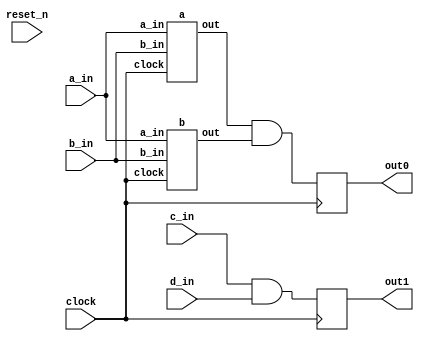
// DEFINES
`define BITS 2         // Bit width of the operands

module 	bm_dag2_mod(clock, 
		reset_n, 
		a_in, 
		b_in,
		c_in, 
		d_in, 
		out0,
		out1);

// SIGNAL DECLARATIONS
input	clock;
input 	reset_n;

input [`BITS-1:0] a_in;
input [`BITS-1:0] b_in;
input c_in;
input d_in;

output [`BITS-1:0] out0;
output  out1;

reg [`BITS-1:0]    out0;
reg     out1;

wire [`BITS-1:0] temp_a;
wire [`BITS-1:0] temp_b;
wire temp_c;
wire temp_d;

a top_a(clock, a_in, b_in, temp_a);
b top_b(clock, a_in, b_in, temp_b);

always @(posedge clock)
begin
	out0 <= temp_a & temp_b;
	out1 <= c_in & d_in;
end

endmodule

/*---------------------------------------------------------*/
module a(clock,
		a_in,
		b_in,
		out);

input	clock;
input [`BITS-1:0] a_in;
input [`BITS-1:0] b_in;
output [`BITS-1:0]    out;
reg [`BITS-1:0]    out;

always @(posedge clock)
begin
	out <= a_in & b_in;
end

endmodule

/*---------------------------------------------------------*/
module b(clock,
		a_in,
		b_in,
		out);

input	clock;
input [`BITS-1:0] a_in;
input [`BITS-1:0] b_in;
wire [`BITS-1:0] temp;
output [`BITS-1:0] out;
reg [`BITS-1:0] out;

a my_a(clock, a_in, b_in, temp);

always @(posedge clock)
begin
	out <= a_in ^ temp;
end

endmodule